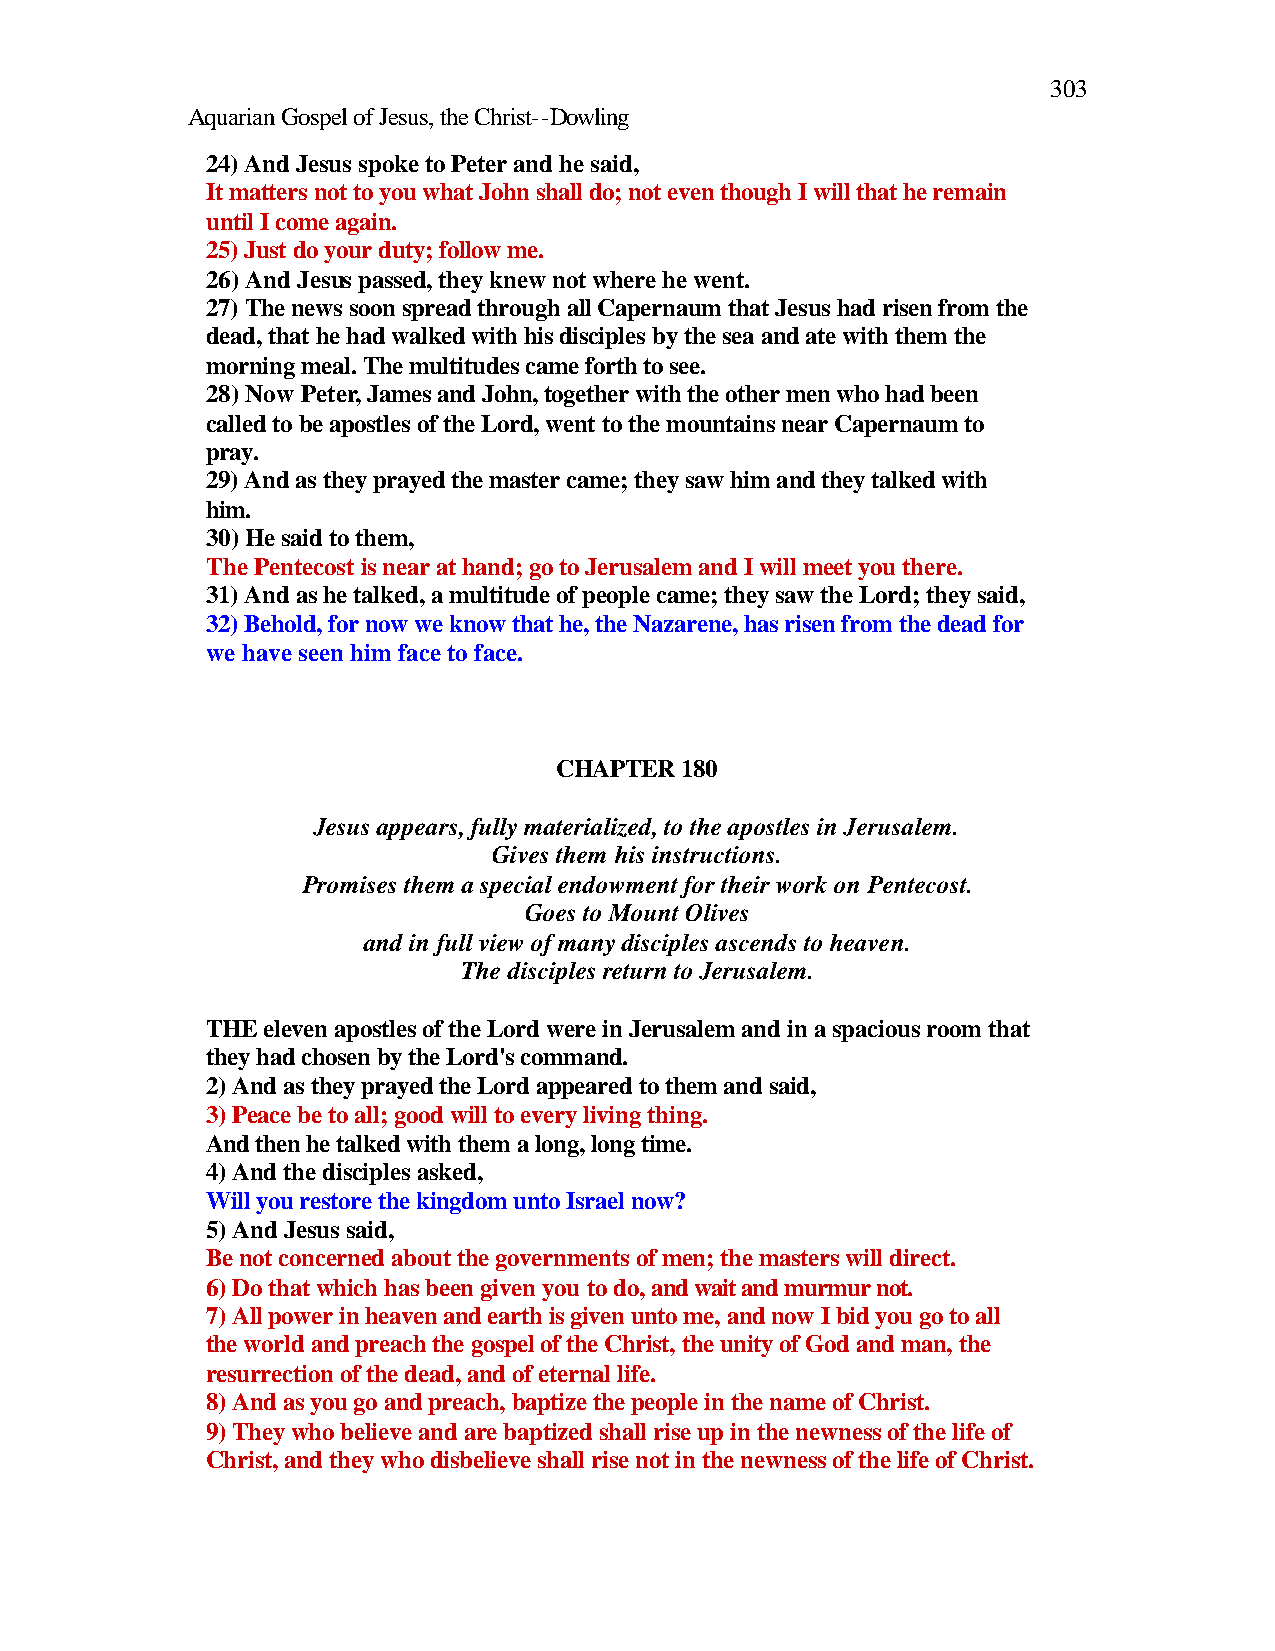
303
 Aquarian Gospel of Jesus, the Christ--Dowling
 24) And Jesus spoke to Peter and he said,
 It matters not to you what John shall do; not even though I will that he remain
 until I come again.
 25) Just do your duty; follow me.
 26) And Jesus passed, they knew not where he went.
 27) The news soon spread through all Capernaum that Jesus had risen from the
 dead, that he had walked with his disciples by the sea and ate with them the
 morning meal. The multitudes came forth to see.
 28) Now Peter, James and John, together with the other men who had been
 called to be apostles of the Lord, went to the mountains near Capernaum to
 pray.
 29) And as they prayed the master came; they saw him and they talked with
 him.
 30) He said to them,
 The Pentecost is near at hand; go to Jerusalem and I will meet you there.
 31) And as he talked, a multitude of people came; they saw the Lord; they said,
 32) Behold, for now we know that he, the Nazarene, has risen from the dead for
 we have seen him face to face.
 CHAPTER 180
 Jesus appears, fully materialized, to the apostles in Jerusalem.
 Gives them his instructions.
 Promises them a special endowment for their work on Pentecost.
 Goes to Mount Olives
 and in full view of many disciples ascends to heaven.
 The disciples return to Jerusalem.
 THE eleven apostles of the Lord were in Jerusalem and in a spacious room that
 they had chosen by the Lord's command.
 2) And as they prayed the Lord appeared to them and said,
 3) Peace be to all; good will to every living thing.
 And then he talked with them a long, long time.
 4) And the disciples asked,
 Will you restore the kingdom unto Israel now?
 5) And Jesus said,
 Be not concerned about the governments of men; the masters will direct.
 6) Do that which has been given you to do, and wait and murmur not.
 7) All power in heaven and earth is given unto me, and now I bid you go to all
 the world and preach the gospel of the Christ, the unity of God and man, the
 resurrection of the dead, and of eternal life.
 8) And as you go and preach, baptize the people in the name of Christ.
 9) They who believe and are baptized shall rise up in the newness of the life of
 Christ, and they who disbelieve shall rise not in the newness of the life of Christ.